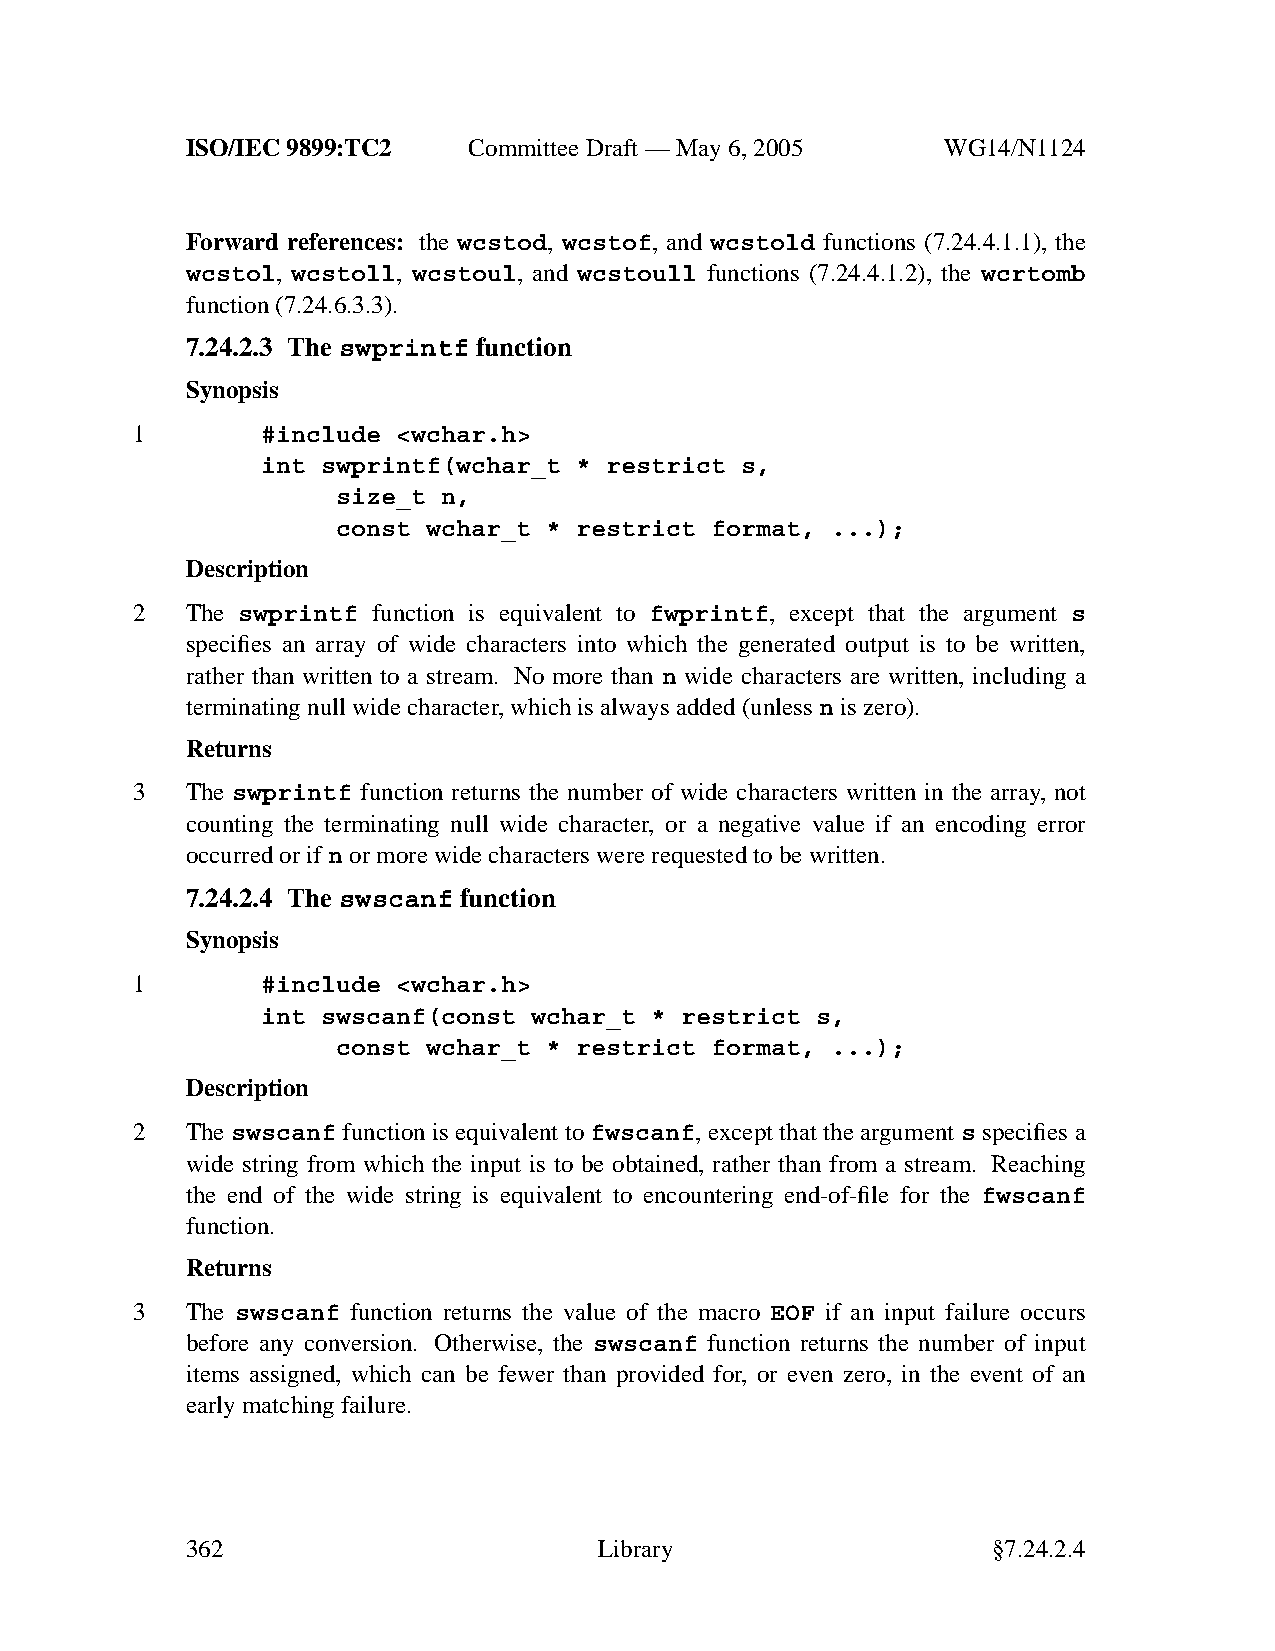
ISO/IEC 9899:TC2   Committee Draft — May 6, 2005   WG14/N1124
 Forward references: the wcstod, wcstof, and wcstold functions (7.24.4.1.1), the
 wcstol, wcstoll, wcstoul, and wcstoull functions (7.24.4.1.2), the wcrtomb
 function (7.24.6.3.3).
 7.24.2.3 The swprintf function
 Synopsis
 1       #include <wchar.h>
 int swprintf(wchar_t * restrict s,
 size_t n,
 const wchar_t * restrict format, ...);
 Description
 2  The swprintf function is equivalent to fwprintf, except that the argument s
 specifies an array of wide characters into which the generated output is to be written,
 rather than written to a stream. No more than n wide characters are written, including a
 terminating null wide character,which is always added (unless n is zero).
 Returns
 3  The swprintf function returns the number of wide characters written in the array, not
 counting the terminating null wide character, or a neg ative value if an encoding error
 occurred or ifn or more wide characters were requested to be written.
 7.24.2.4 The swscanf function
 Synopsis
 1       #include <wchar.h>
 int swscanf(const wchar_t * restrict s,
 const wchar_t * restrict format, ...);
 Description
 2  The swscanf function is equivalent to fwscanf, except that the argument s specifies a
 wide string from which the input is to be obtained, rather than from a stream. Reaching
 the end of the wide string is equivalent to encountering end-of-file for the fwscanf
 function.
 Returns
 3  The swscanf function returns the value of the macro EOF if an input failure occurs
 before any conversion. Otherwise, the swscanf function returns the number of input
 items assigned, which can be fewer than provided for, or even zero, in the event of an
 early matching failure.
 362                         Library                   §7.24.2.4